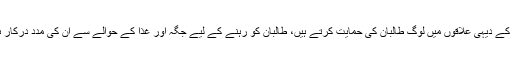
افغانستان کے دیہی علاقوں میں لوگ طالبان کی حمایت کرتے ہیں، طالبان کو رہنے کے لیے جگہ اور غذا کے حوالے سے ان کی مدد درکار ہوتی ہے۔